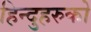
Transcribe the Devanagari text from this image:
हिन्दुहरुको